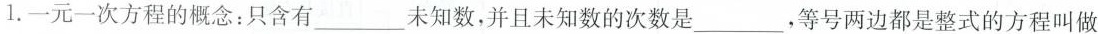
1.一元一次方程的概念：只含有___未知数，并且未知数的次数是___，等号两边都是整式的方程叫做